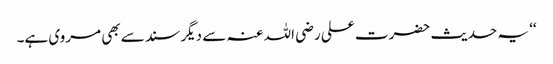
‘‘ یہ حدیث حضرت علی رضی اللہ عنہ سے دیگر سند سے بھی مروی ہے۔